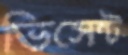
ভিসেন্ট